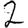
Digit: 2